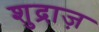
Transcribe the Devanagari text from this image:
शुद्राज़